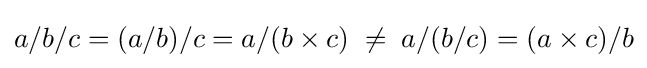
a/b/c=(a/b)/c=a/(b\times c)\;\neq \;a/(b/c)=(a\times c)/b